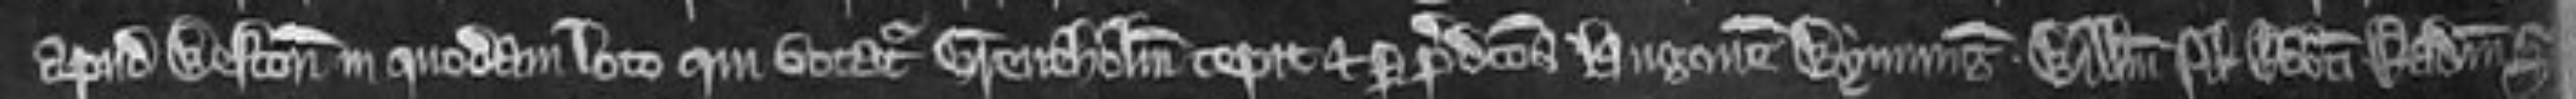
apud Weston in quodam loco qui vocatur Greneholm cepit et per predictos Hugonem Wymming. Willelmum filium Roberti. Radulfum Sto